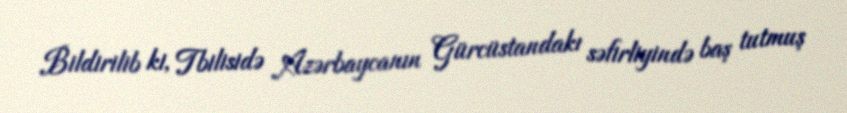
Bildirilib ki, Tbilisidə Azərbaycanın Gürcüstandakı səfirliyində baş tutmuş